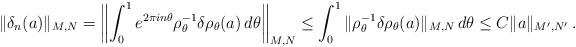
LaTeX: \begin{align*}\|\delta_n(a)\|_{M,N}= \left\|\int_0^1e^{2\pi in\theta}\rho_\theta^{-1}\delta\rho_\theta(a)\,d\theta\right\|_{M,N}\le \int_0^1\|\rho_\theta^{-1}\delta\rho_\theta(a)\|_{M,N}\,d\theta \le C\|a\|_{M',N'}\,.\end{align*}